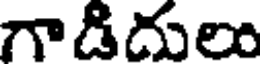
గాడిదులు